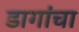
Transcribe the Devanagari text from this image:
डागांचा